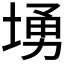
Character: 𱗚